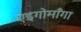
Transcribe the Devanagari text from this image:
एइगोमाँगा